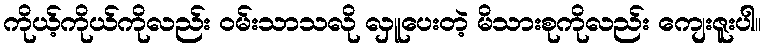
ကိုယ့်ကိုယ်ကိုလည်း ဝမ်းသာသလို လှူပေးတဲ့ မိသားစုကိုလည်း ကျေးဇူးပါ။